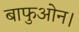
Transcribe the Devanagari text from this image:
बाफुओन।